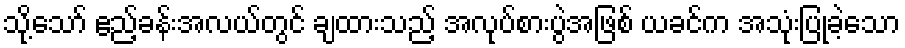
သို့သော် ဧည့်ခန်းအလယ်တွင် ချထားသည့် အလုပ်စားပွဲအဖြစ် ယခင်က အသုံးပြုခဲ့သော